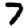
Digit: 7